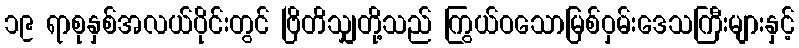
၁၉ ရာစုနှစ်အလယ်ပိုင်းတွင် ဗြိတိသျှတို့သည် ကြွယ်ဝသောမြစ်ဝှမ်းဒေသကြီးများနှင့်